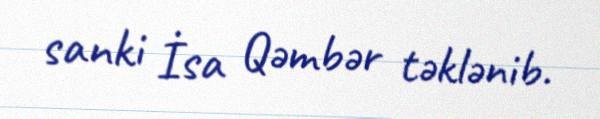
sanki İsa Qəmbər təklənib.